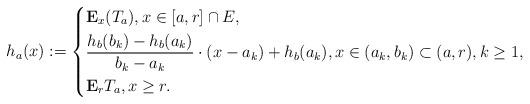
LaTeX: \begin{align*}h_a(x):=\left\lbrace\begin{aligned}&\mathbf{E}_x(T_a),x\in [a,r]\cap E, \\&\frac{h_{b}(b_k)-h_{b}(a_k)}{b_k-a_k}\cdot (x-a_k)+h_{b}(a_k),x\in (a_k,b_k)\subset (a,r), k\geq 1, \\&\mathbf{E}_rT_a,x\geq r. \end{aligned}\right.\end{align*}